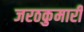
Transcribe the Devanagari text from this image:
जरठकुमारी